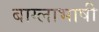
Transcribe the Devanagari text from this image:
बाग्लाभाषी